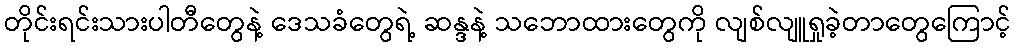
တိုင်းရင်းသားပါတီတွေနဲ့ ဒေသခံတွေရဲ့ ဆန္ဒနဲ့ သဘောထားတွေကို လျစ်လျူရှုခဲ့တာတွေကြောင့်